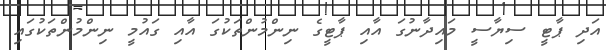
އަދި ޕާޓީ ސިޔާސީ މައިދާނުގަ އާއި ޕާޓީގެ ނިންމުންތަކުގަ އާއި ގައުމީ ނިންމުންތަކުގައި